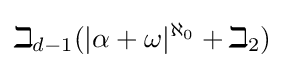
\beth _{d-1}(|\alpha +\omega |^{\aleph _{0}}+\beth _{2})